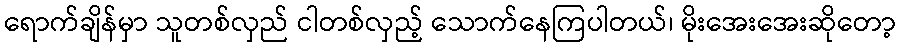
ရောက်ချိန်မှာ သူတစ်လှည် ငါတစ်လှည့် သောက်နေကြပါတယ်၊ မိုးအေးအေးဆိုတော့